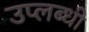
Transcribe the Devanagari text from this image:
उप्लब्धी